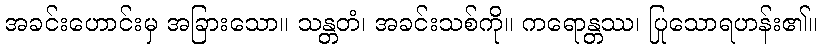
အခင်းဟောင်းမှ အခြားသော။ သန္တတံ၊ အခင်းသစ်ကို။ ကရောန္တဿ၊ ပြုသောရဟန်း၏။